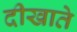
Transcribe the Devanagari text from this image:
दीखाते